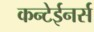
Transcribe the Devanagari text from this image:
कन्टेईनर्स